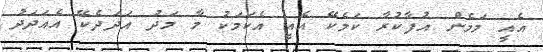
އެއީ މަމެން އުފާކުރާ ކަމެކޭ އެއީ އެކަމަކު މާ މަދު އަދަދެކޭ އެއަދަދު